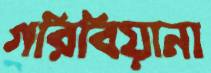
গরিবিয়ানা